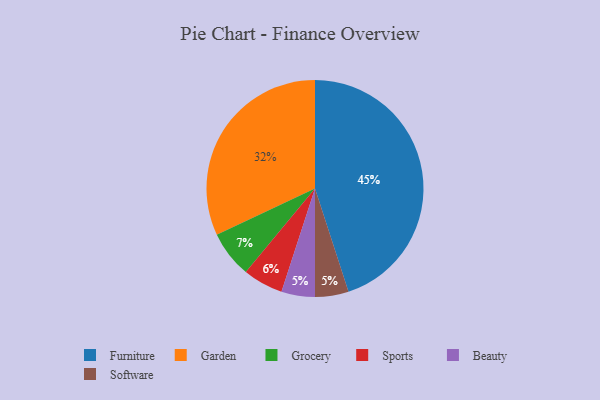
{"axis": {"x": "Category", "y": "Percentage"}, "legend": ["Beauty", "Furniture", "Garden", "Grocery", "Software", "Sports"], "data": [{"x": "Sports", "y": 6, "type": "Sports"}, {"x": "Garden", "y": 32, "type": "Garden"}, {"x": "Beauty", "y": 5, "type": "Beauty"}, {"x": "Furniture", "y": 45, "type": "Furniture"}, {"x": "Software", "y": 5, "type": "Software"}, {"x": "Grocery", "y": 7, "type": "Grocery"}]}